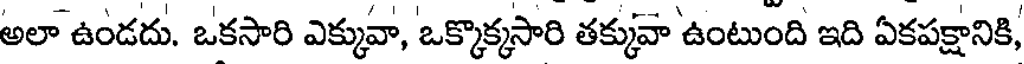
అలా ఉండదు. ఒకసారి ఎక్కువా, ఒక్కొక్కసారి తక్కువా ఉంటుంది ఇది ఏకపక్షానికి,